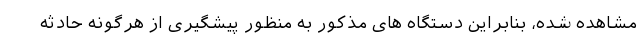
مشاهده شده، بنابراین دستگاه های مذکور به منظور پیشگیری از هرگونه حادثه